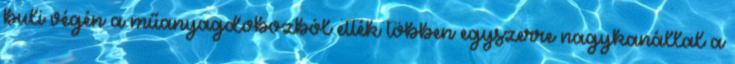
buli végén a műanyagdobozból ették többen egyszerre nagykanállal a